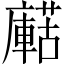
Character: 𧁹